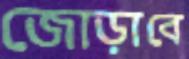
জোড়াবে